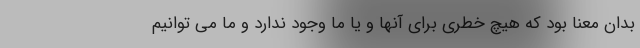
بدان معنا بود که هیچ خطری برای آنها و یا ما وجود ندارد و ما می توانیم